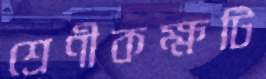
শ্রেণীকক্ষটি